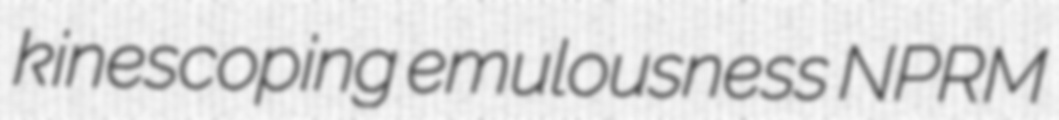
kinescoping emulousness NPRM